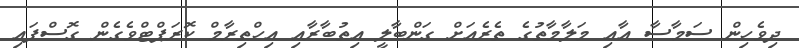
ދިވެހިން ސަމާސާ އާއި މަލާމާތުގެ ތެރެއަށް ގަންބާލީ އިތުބާރާއި އިހްތިރާމް ކޮރަޕްޓްވެގެން ގޮސްފައި